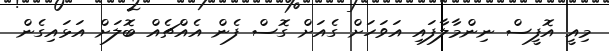
މިއީ އޮފީސް ނިންމާލާފައި އަވަހަށް ގެއަށް ގޮސް ފެން އެއްޗެއް ބޮލަށް އަޅައިގެން